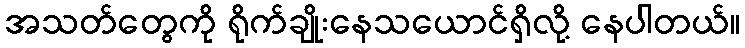
အသတ်တွေကို ရိုက်ချိုးနေသယောင်ရှိလို့ နေပါတယ်။